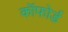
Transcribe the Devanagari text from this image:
कॉफोर्ड